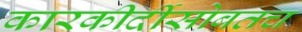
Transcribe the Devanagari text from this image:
कारकीर्दीसोबतच